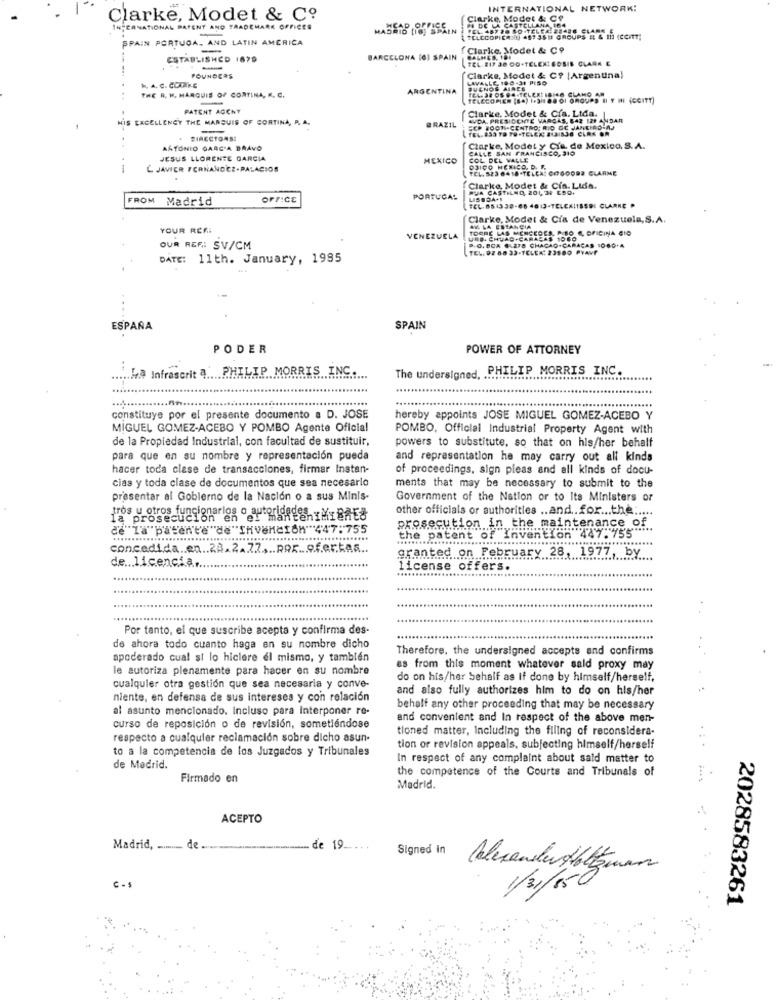
INTERNATIONAL NETWORK!
Clarke, Modet & Co
Clarke, Modet & CO
IN CANATIONAL PATENT AND TRADEMARK OFFICES
PI DE LA CASTELLANA 100
SPAIN PORTUGA, AND LATIN AMERICA
TELECOPIE DIU 4875511 GROUPS # & IH
Clarke, Modet & Co
ESTABLISHED 1879
BARCELONA (0) SPAIN
TEL. 217 36 DO-TELENT GOSIE CLARK E
BALMED. 101
FOUNDERS
Clarke, Model & C? |Argentina)
LAVALLE 180-31 PISO
THE R. M. MARQUIS OF CORTINA, K. C.
ARGENTINA
BUENOS AIRES
TEL: 38 OS 64-TELEXLIB/O CLAMO AM
TELECOPIER (84) i+3is 88 of GROUPS II Y III (CCITT)
PATENT ACCHY
Clarke, Modet & Cfa. Ltda.|
HIS EXCELLENCY THE MARSUIS OF CORTINA, P. A.
AVDA. PRESIDENTE VARGAS, 842 120 ANDAR
BRAZIL
ECP BOON-CENTRO; RIO DE JANEIRO AJ
. DIRECTORS:
ANTONIO GARCIA DAAVO
Clarke, Model y Cia. de Mexico, S. A.
CALLE SAN FRANCISCO, 310
JESUS LLORENTE GARCIA
MEXICO
COL DEL VALLE
L JAVIER FERNANDEZ-PALACIOS
D3ICO MEXICO, D. P.
TEL. 523 6418 -TELCA: CEGOOBR CLARME
RUA CASTILNO, 201, 37 CSO.
Clarke, Modet & Cia. Lids.
FROM Madrid
OFFICE
PORTUGAL
Clarke, Modet & Cia de Venezuela, S.A.
YOUR REFI
TORRE LAS MERCEDES, P.SO 6, OFICINA CID
AV LA ESTANCIA
VENEZUELA
URB. CHUVAO-CARACAS 1060
OUR REF .: SV/CM
D.O.BOX 6:278 CHACAO-CARACAS 1080+4
TEL. 92 88 33-TELEA: 23560 PYANY
DATE: 11th. January, 1985
--
ESPAÑA
SPAIN
PODER
POWER OF ATTORNEY
........ Infrascrit 4 .... PHILIPMORRIS .. INC .....
The undersigned, PHILIP MORRIS INC.
.....
constituye por el presente documento a D. JOSE
hereby appoints JOSE MIGUEL GOMEZ-ACEBO Y
MIGUEL GOMEZ-ACEBO Y POMBO Agente Oficial
POMBO, Official Industrial Property Agent with
de la Propiedad Industrial, con facultad de sustituir,
powers to substitute, so that on his/her behalf
para que en su nombre y representación pueda
and representation he may carry out all kinds
hacer toda clase de transacciones, firmar Instan-
of proceedings, sign pleas and all kinds of docu-
cias y toda clase de documentos que sea necesario
ments that may be necessary to submit to the
presentar al Gobierno de la Nación o a sus Minis-
Government of the Nation or to Its Ministers or
tros u otros funcionarios o autori
other officials or authorities .. and .. for ... the .....
la prosecuci
de"la patente "de"SHVenCION 447:755
prosecution in the maintenance of
the patent of Invention 447.75'5"
concedida .. en .. 28.2.2Z .... POR ... o.f.er.KAR ..
, 1977, by
granted on February .. 28 ....
de licencia ..
license offers.
.....
Por tanto, el que suscribe acepta y confirma des-
de ahora todo cuanto haga en su nombre dicho
Therefore, the undersigned accepts and confirms
apoderado cual si lo hiclere el mismo, y también
le autoriza plenamente para hacer en su nombre
es from this moment whatever sald proxy may
do on his/her Sehalf as if done by himself/herself,
cualquier otra gestión que sea necesaria y conve-
and also fully authorizes him to do on his/her
niente, en defensa de sus intereses y con relación
al asunto mencionado. Incluso para Interponer re-
behalf any other proceeding that may be necessary
and convenient and In respect of the above men-
curso de reposición o de revisión, sometiéndose
tioned matter, Including the filing of reconsidera-
respecto a cualquier reclamación sobre dicho asun-
to a la competencia de los Juzgados y Tribunales
tion or revision appeals, subjecting himself/herself
In respect of any complaint about sald matter to
de Madrid.
the competence of the Courts and Tribunals of
Firmado en
Madrid.
ACEPTO
Madrid, ........ de .
de 19.
Signed in
C-$
1/31/850
2028583261